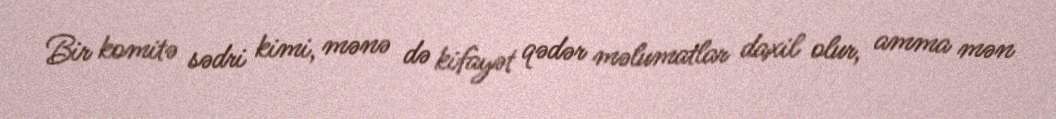
Bir komitə sədri kimi, mənə də kifayət qədər məlumatlar daxil olur, amma mən